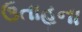
ઉતાહના